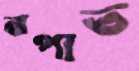
ঝপাত